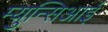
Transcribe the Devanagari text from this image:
म्युन्सिआई